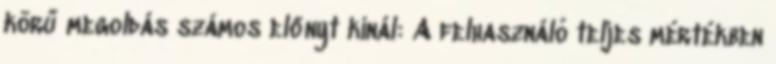
körű megoldás számos előnyt kínál: A felhasználó teljes mértékben